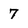
Character: 7